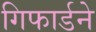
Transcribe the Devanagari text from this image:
गिफार्डने